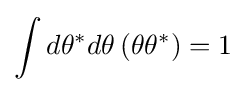
\int d\theta ^{*}d\theta \,(\theta \theta ^{*})=1